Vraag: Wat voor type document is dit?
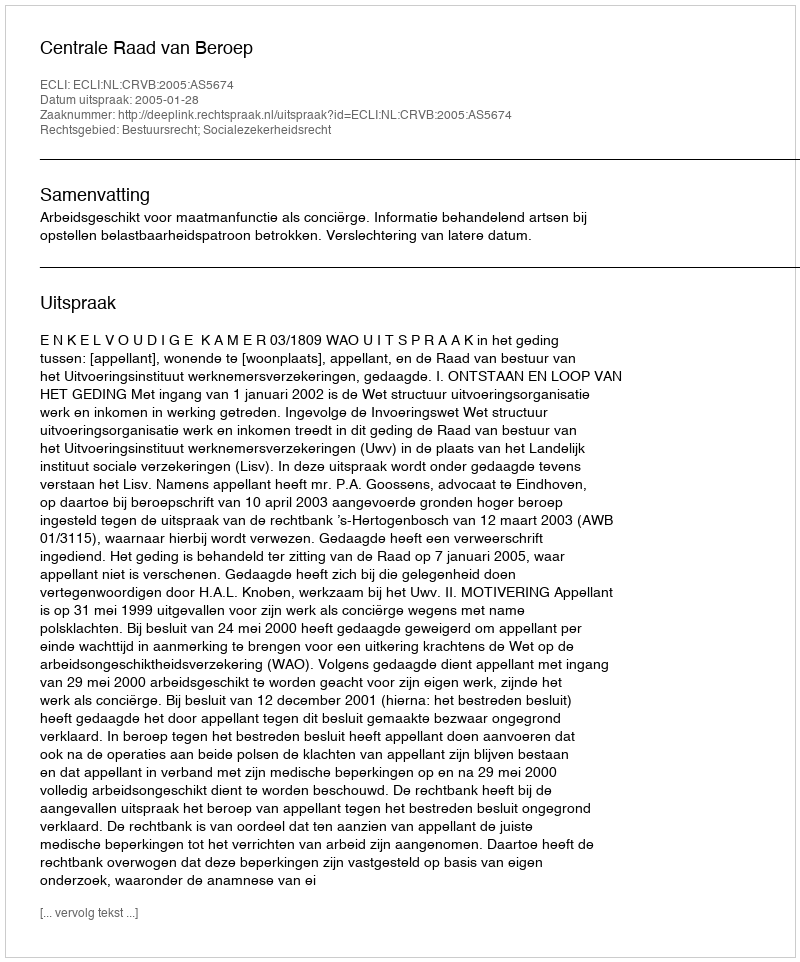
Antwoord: Uitspraak